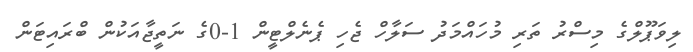
ލިވަޕޫލްގެ މިސްރު ތަރި މުހައްމަދު ސަލާހް ޖެހި ޕެނެލްޓީން 1-0ގެ ނަތީޖާއަކުން ބްރައިޓަން